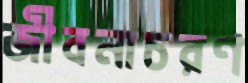
জীবনাচরণ